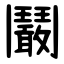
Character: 鬫